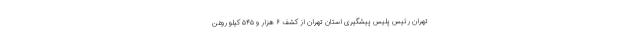
تهران رئیس پلیس پیشگیری استان تهران از کشف ۶ هزار و ۵۴۵ کیلو روغن